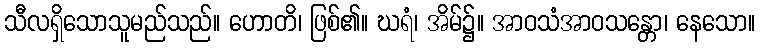
သီလရှိသောသူမည်သည်။ ဟောတိ၊ ဖြစ်၏။ ဃရံ၊ အိမ်၌။ အာဝသံအာဝသန္တော၊ နေသော။